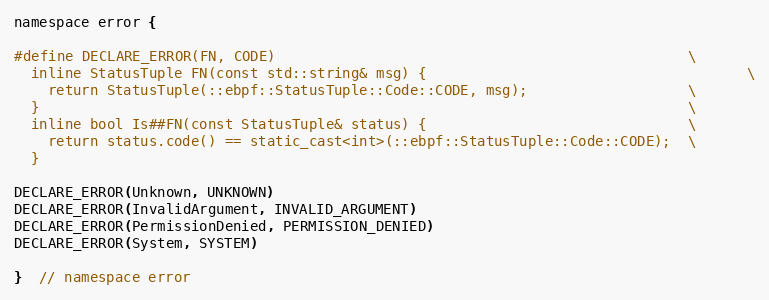
Language: C
namespace error {

#define DECLARE_ERROR(FN, CODE)                                                 \
  inline StatusTuple FN(const std::string& msg) {                                      \
    return StatusTuple(::ebpf::StatusTuple::Code::CODE, msg);                   \
  }                                                                             \
  inline bool Is##FN(const StatusTuple& status) {                               \
    return status.code() == static_cast<int>(::ebpf::StatusTuple::Code::CODE);  \
  }

DECLARE_ERROR(Unknown, UNKNOWN)
DECLARE_ERROR(InvalidArgument, INVALID_ARGUMENT)
DECLARE_ERROR(PermissionDenied, PERMISSION_DENIED)
DECLARE_ERROR(System, SYSTEM)

}  // namespace error